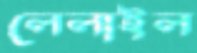
লেলাইল